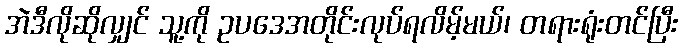
အဲဒီလိုဆိုလျှင် သူ့ကို ဥပဒေအတိုင်းလုပ်ရလိမ့်မယ်၊ တရားရုံးတင်ပြီး